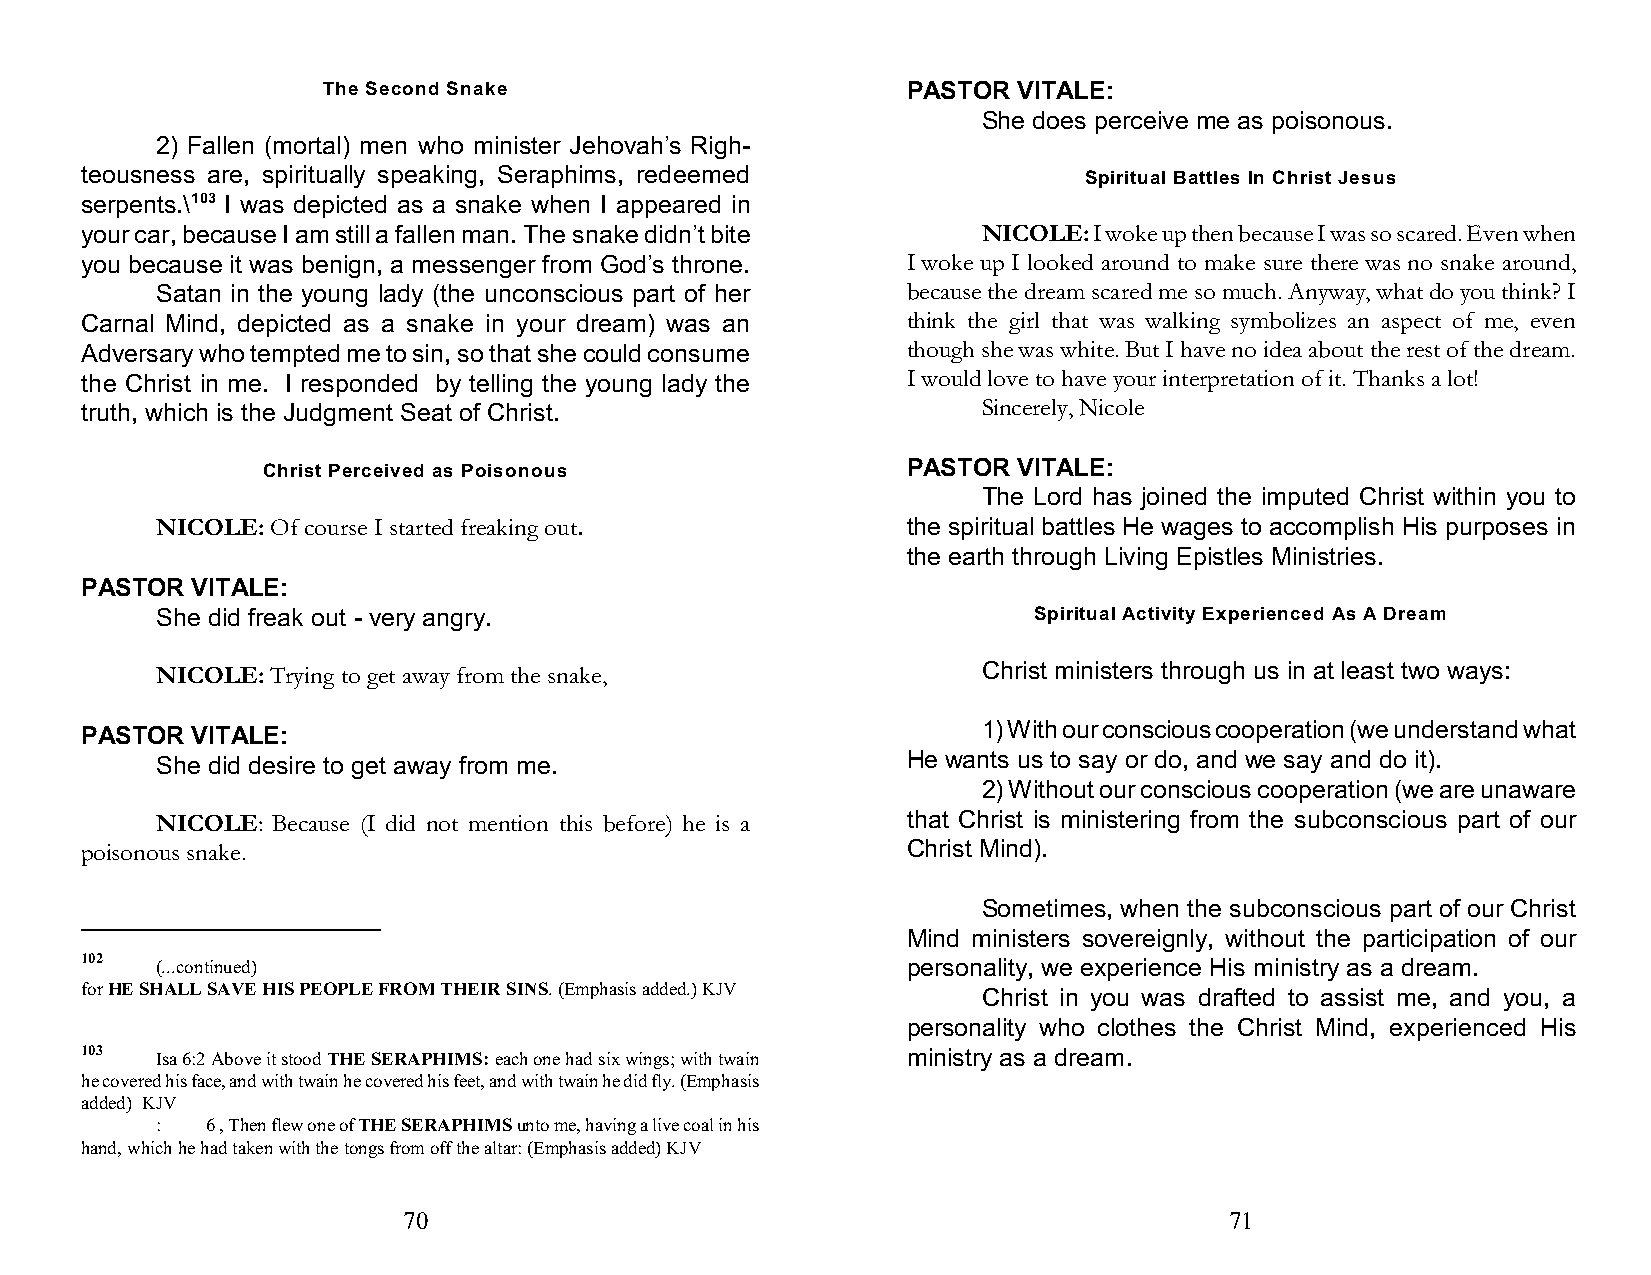
The Second Snake                       PASTOR VITALE:
 She does perceive me as poisonous.
 2) Fallen (mortal) men who minister Jehovah’s Righ-
 teousness are, spiritually speaking, Seraphims, redeemed           Spiritual Battles In Christ Jesus
 serpents.\103 I was depicted as a snake when I appeared in
 your car, because I am still a fallen man. The snake didn’t bite NICOLE: I woke up then because I was so scared. Even when
 you because it was benign, a messenger from God’s throne. I woke up I looked around to make sure there was no snake around,
 Satan in the young lady (the unconscious part of her because the dream scared me so much. Anyway, what do you think? I
 Carnal Mind, depicted as a snake in your dream) was an think the girl that was walking symbolizes an aspect of me, even
 Adversary who tempted me to sin, so that she could consume though she was white. But I have no idea about the rest of the dream.
 the Christ in me. I responded by telling the young lady the I would love to have your interpretation of it. Thanks a lot!
 truth, which is the Judgment Seat of Christ.                Sincerely, Nicole
 Christ Perceived as Poisonous              PASTOR VITALE:
 The Lord has joined the imputed Christ within you to
 NICOLE: Of course I started freaking out.         the spiritual battles He wages to accomplish His purposes in
 the earth through Living Epistles Ministries.
 PASTOR  VITALE:
 She did freak out - very angry.                           Spiritual Activity Experienced As A Dream
 NICOLE: Trying to get away from the snake,             Christ ministers through us in at least two ways:
 PASTOR  VITALE:                                             1) With our conscious cooperation (we understand what
 She did desire to get away from me.               He wants us to say or do, and we say and do it).
 2) Without our conscious cooperation (we are unaware
 NICOLE: Because (I did not mention this before) he is a that Christ is ministering from the subconscious part of our
 poisonous snake.                                       Christ Mind).
 Sometimes, when the subconscious part of our Christ
 Mind ministers sovereignly, without the participation of our
 102  (...continued)                                    personality, we experience His ministry as a dream.
 for HE SHALL SAVE HIS PEOPLE FROM THEIR SINS. (Emphasis added.) KJV Christ in you was drafted to assist me, and you, a
 personality who clothes the Christ Mind, experienced His
 103  Isa 6:2 Above it stood THE SERAPHIMS: each one had six wings; with twain ministry as a dream.
 he covered his face, and with twain he covered his feet, and with twain he did fly. (Emphasis
 added) KJV
 :   6 , Then flew one of THE SERAPHIMS unto me, having a live coal in his
 hand, which he had taken with the tongs from off the altar: (Emphasis added) KJV
 70                                                    71